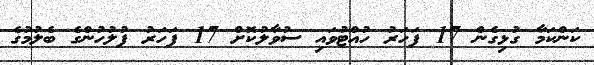
ކަންކަމާ ގުޅިގެން 17 ފަހަރު ހުއްޓުވައި ސުވާލުކޮށް 17 ފަހަރު ފުލުހުންގެ ބެލުމުގެ